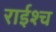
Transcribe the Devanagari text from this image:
राईश्च